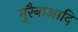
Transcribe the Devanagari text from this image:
मुरैनाआदि